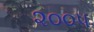
૨૦૦૫